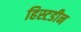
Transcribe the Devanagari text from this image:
हिस्टडीन